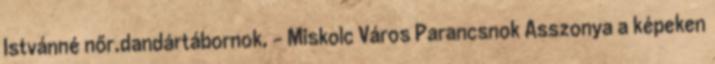
Istvánné nőr.dandártábornok, – Miskolc Város Parancsnok Asszonya a képeken